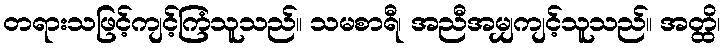
တရားသဖြင့်ကျင့်ကြံသူသည်။ သမစာရီ၊ အညီအမျှကျင့်သူသည်။ အတ္ထိ၊